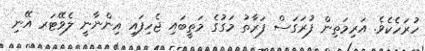
ހުރަހެކެވެ. އަރިމަތިން ފުރަގަސް ފަރާތު މަގުގެ މަތީބައި ޖެހިފައި އިންނާނީ ލެވޭޓަރ އޭނި